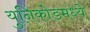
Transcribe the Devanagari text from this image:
युनिकोडमध्‍ये